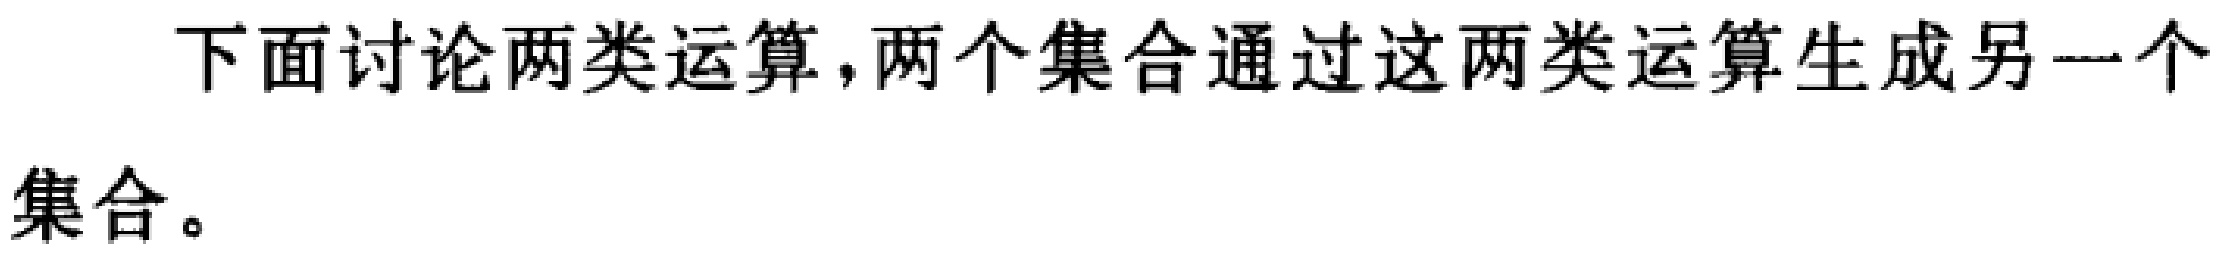
下面讨论两类运算，两个集合通过这两类运算生成另一个集合。